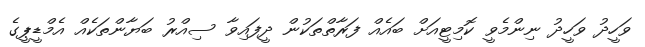
ވަހީދު ވަހީދު ނިންމެވީ ކޮމިޓީއަށް ބައެއް ފަރާތްތަކުން ދީފައިވާ ސިއްރު ބަޔާންތަކެއް އެމްޑީޕީގެ